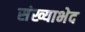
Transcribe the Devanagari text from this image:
संख्याभेद